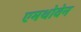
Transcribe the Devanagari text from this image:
एमथोवेन